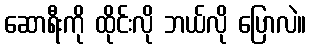
ဆောရီးကို ထိုင်းလို ဘယ်လို ပြောလဲ။